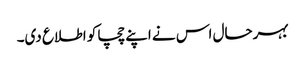
بہرحال اس نے اپنے چچا کو اطلاع دی۔